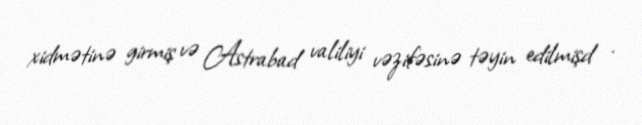
xidmətinə girmiş və Astrabad valiliyi vəzifəsinə təyin edilmişd .